Report of the Imperial Institute of Veterinary Research, Muktesar
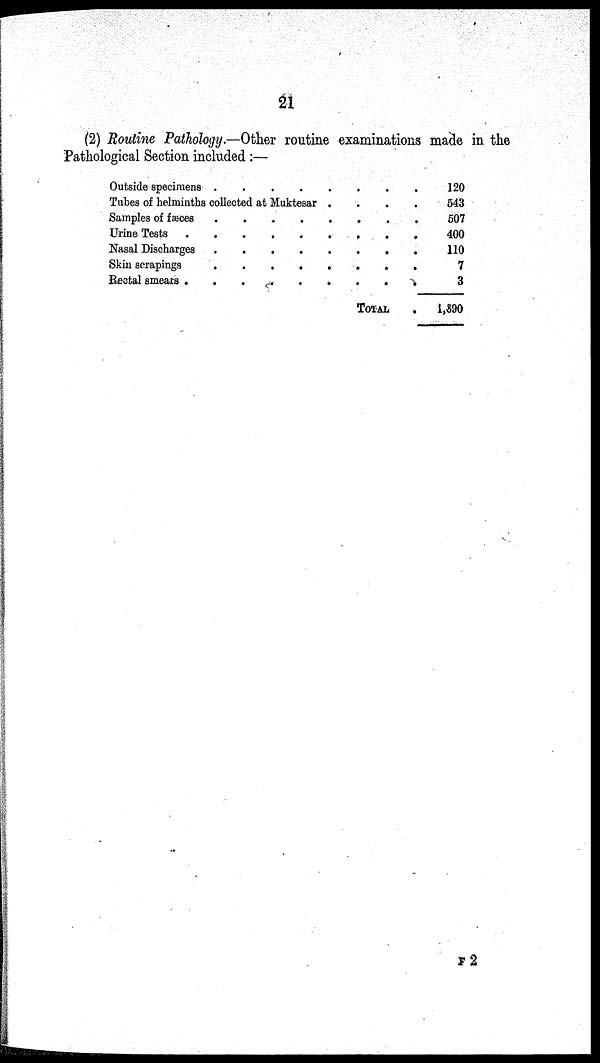
21
(2) Routine Pathology.—Other routine examinations made in the
Pathological Section included :—
Outside specimens . .
.
.
Tubes of helminths collected at Muktesar
Samples of fæces
Urine Tests
Nasal Discharges
Skin scrapings
Rectal smears
.
.
.
.
.
.
.
.
.
.
.
.
.
.
.
.
.
.
.
.
.
.
.
.
.
.
.
.
.
.
.
.
.
.
.
.
.
.
.
.
.
TOTAL
.
.
.
.
.
.
.
.
120
543
507
400
110
7
3
1,690
F 2